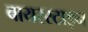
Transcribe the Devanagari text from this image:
बायरस्टाइन